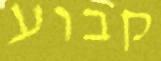
קבוע